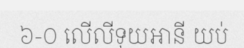
៦-០ លើលីទុយអានី យប់